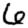
Digit: 6